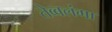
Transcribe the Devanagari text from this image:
तेब्बलंगा